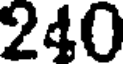
240